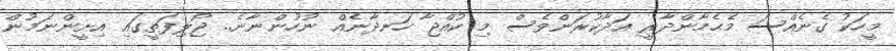
މީހަކު ގެނެއްސަ މެޙެމާންދާރީ އަދާކުރަންވެސް މި ކުއްޖާ ހަނދާނެއް ނުހުންނާނެ.. ޖޯލިފަތީގައި އިށީންނަމުން